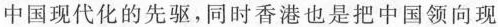
中国现代化的先驱，同时香港也是把中国领向现